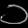
Digit: ၁